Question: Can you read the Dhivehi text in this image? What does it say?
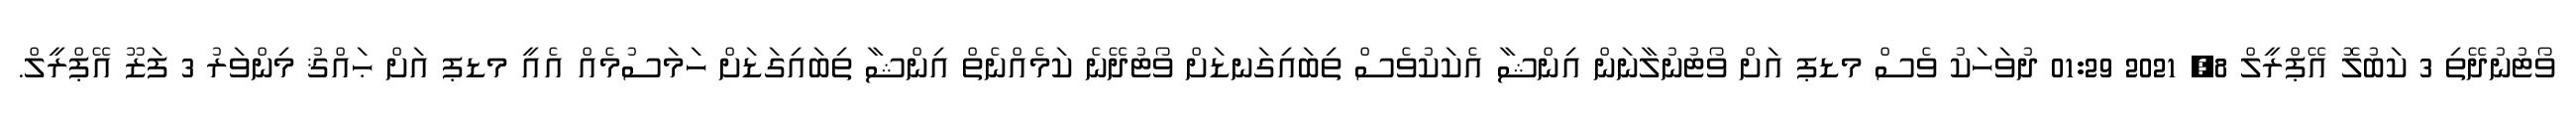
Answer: ވޯޓުނުދޭތި 3 ކަބުލޮ އޭޕްރީލް 8, 2021 01:29 ދުވަހަކު ވެސް މޑޕ އަށް ވޯޓުނުލާނަން އިންޝާ އެކަކުވެސް ތިބައިގަނޑަށް ވޯޓުދޭނެ ކަމެއްނެތް އިންޝާ ތިބައިގަޑަށް ހަމަސުމެއް އެއީ މޑޕ އަށް ޙައްޤު މިންވަރު 3 ފަޒޫ އޭޕްރީލް.